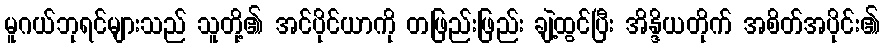
မူဂယ်ဘုရင်များသည် သူတို့၏ အင်ပိုင်ယာကို တဖြည်းဖြည်း ချဲ့ထွင်ပြီး အိန္ဒိယတိုက် အစိတ်အပိုင်း၏